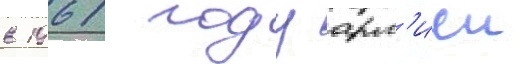
в 1961 году арм'иеи